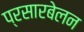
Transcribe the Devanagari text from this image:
प्रसारबेलन